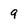
Character: 9